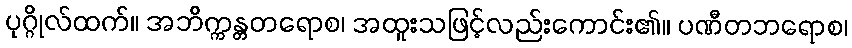
ပုဂ္ဂိုလ်ထက်။ အဘိက္ကန္တတရောစ၊ အထူးသဖြင့်လည်းကောင်း၏။ ပဏီတဘရောစ၊